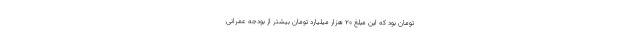
تومان بود که این مبلغ ۲۰ هزار میلیارد تومان بیشتر از بودجه عمرانی